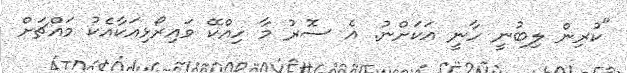
"ކުރިން ލިބުނީ ހާނީ އަކަށްނު. އެ ސޮރު މާ ހިއްކޭ ވައިރޯޅިއަކާއެކު މައްޗަށް